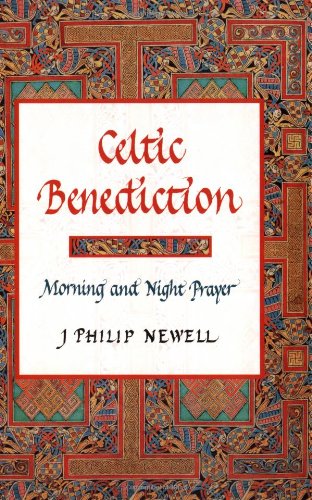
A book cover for Celtic Benediction: Morning and Night Prayer; J. Philip Newell; Religion & Spirituality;